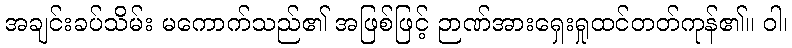
အချင်းခပ်သိမ်း မကောက်သည်၏ အဖြစ်ဖြင့် ဉာဏ်အားရှေးရှုထင်တတ်ကုန်၏။ ဝါ၊